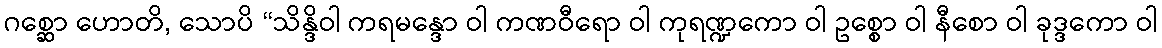
ဂစ္ဆော ဟောတိ, သောပိ “သိန္ဒိဝါ ကရမန္ဒော ဝါ ကဏဝီရော ဝါ ကုရဏ္ဍကော ဝါ ဥစ္စော ဝါ နီစော ဝါ ခုဒ္ဒကော ဝါ